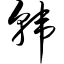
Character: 韩